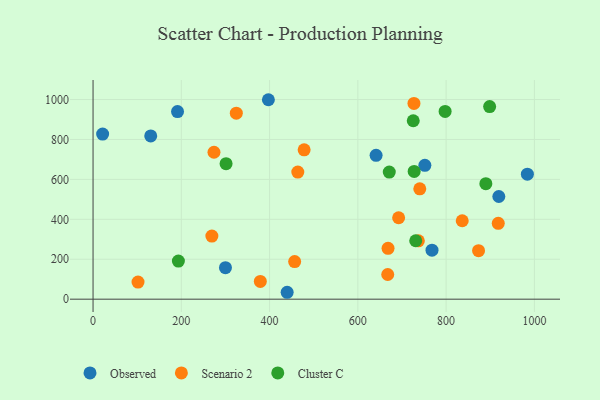
{"axis": {"x": "Price", "y": "Salary"}, "legend": ["Cluster C", "Observed", "Scenario 2"], "data": [{"x": "130.7", "y": 817.5, "type": "Observed"}, {"x": "21.7", "y": 827.0, "type": "Observed"}, {"x": "751.8", "y": 670.3, "type": "Observed"}, {"x": "191.4", "y": 939.6, "type": "Observed"}, {"x": "768.0", "y": 245.6, "type": "Observed"}, {"x": "984.1", "y": 626.3, "type": "Observed"}, {"x": "300.0", "y": 158.0, "type": "Observed"}, {"x": "641.3", "y": 720.6, "type": "Observed"}, {"x": "919.4", "y": 514.2, "type": "Observed"}, {"x": "397.3", "y": 999.0, "type": "Observed"}, {"x": "439.8", "y": 34.6, "type": "Observed"}, {"x": "269.2", "y": 315.9, "type": "Scenario 2"}, {"x": "836.5", "y": 392.9, "type": "Scenario 2"}, {"x": "727.1", "y": 980.6, "type": "Scenario 2"}, {"x": "692.4", "y": 407.9, "type": "Scenario 2"}, {"x": "463.9", "y": 636.4, "type": "Scenario 2"}, {"x": "101.9", "y": 85.6, "type": "Scenario 2"}, {"x": "668.4", "y": 254.5, "type": "Scenario 2"}, {"x": "918.1", "y": 380.1, "type": "Scenario 2"}, {"x": "740.3", "y": 552.6, "type": "Scenario 2"}, {"x": "873.5", "y": 243.0, "type": "Scenario 2"}, {"x": "324.6", "y": 931.4, "type": "Scenario 2"}, {"x": "667.7", "y": 123.7, "type": "Scenario 2"}, {"x": "274.0", "y": 735.8, "type": "Scenario 2"}, {"x": "478.3", "y": 748.1, "type": "Scenario 2"}, {"x": "737.1", "y": 292.1, "type": "Scenario 2"}, {"x": "379.0", "y": 88.7, "type": "Scenario 2"}, {"x": "456.8", "y": 188.3, "type": "Scenario 2"}, {"x": "797.7", "y": 940.4, "type": "Cluster C"}, {"x": "193.4", "y": 190.8, "type": "Cluster C"}, {"x": "727.6", "y": 640.0, "type": "Cluster C"}, {"x": "898.6", "y": 964.9, "type": "Cluster C"}, {"x": "301.4", "y": 678.7, "type": "Cluster C"}, {"x": "725.5", "y": 893.8, "type": "Cluster C"}, {"x": "890.0", "y": 578.7, "type": "Cluster C"}, {"x": "671.2", "y": 636.5, "type": "Cluster C"}, {"x": "731.1", "y": 292.6, "type": "Cluster C"}]}